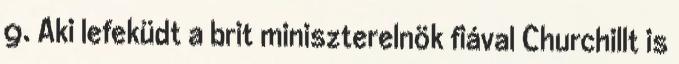
9. Aki lefeküdt a brit miniszterelnök fiával Churchillt is